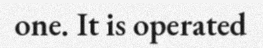
one. It is operated